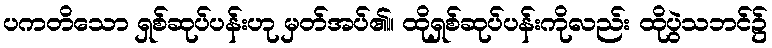
ပကတိသော ရှစ်ဆုပ်ပန်းဟု မှတ်အပ်၏။ ထိုရှစ်ဆုပ်ပန်းကိုလည်း ထိုပွဲသဘင်၌